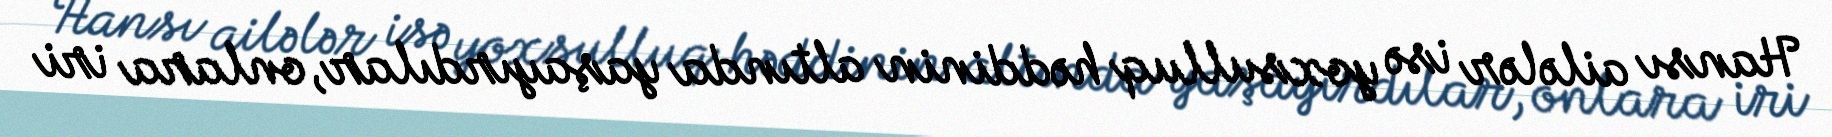
Hansı ailələr isə yoxsulluq həddinin altında yaşayırdılar, onlara iri